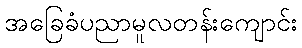
အခြေခံပညာမူလတန်းကျောင်း